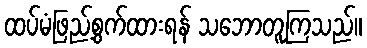
ထပ်မံဖြည့်စွက်ထားရန် သဘောတူကြသည်။